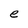
Character: e